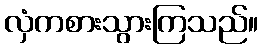
လှံကစားသွားကြသည်။